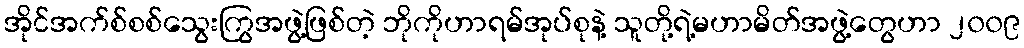
အိုင်အက်စ်စစ်သွေးကြွအဖွဲ့ဖြစ်တဲ့ ဘိုကိုဟာရမ်အုပ်စုနဲ့ သူတို့ရဲ့မဟာမိတ်အဖွဲ့တွေဟာ ၂၀၀၉